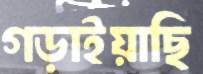
গড়াইয়াছি